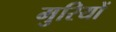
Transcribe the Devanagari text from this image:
मुरियों